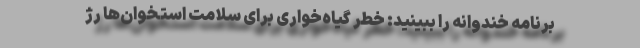
برنامه خندوانه را ببینید: خطر گیاه‌خواری برای سلامت استخوان‌ها رژ